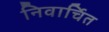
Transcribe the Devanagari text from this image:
निवार्चित